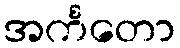
အင်္ကတော